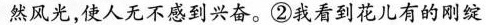
然风光，使人无不感到兴奋。②我看到花儿有的刚绽